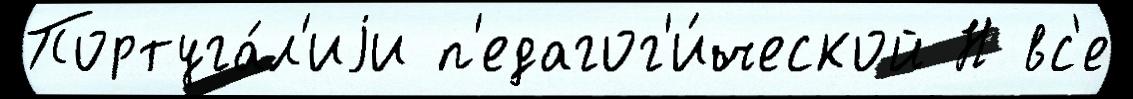
Португа́л'иjи п'едагог'и́ческой Н вс'е